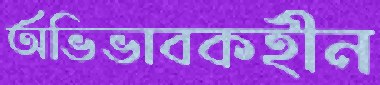
অভিভাবকহীন